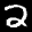
Label: 2